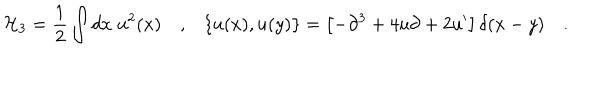
LaTeX: { \cal H } _ { 3 } = \frac { 1 } { 2 } \int d x \; u ^ { 2 } ( x ) \quad , \{ u ( x ) , u ( y ) \} = \left[ - \partial ^ { 3 } + 4 u \partial + 2 u { } ^ { \prime } \right] \delta ( x - y ) \quad .